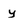
Character: y